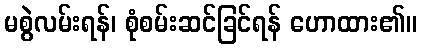
မစွဲလမ်းရန်၊ စုံစမ်းဆင်ခြင်ရန် ဟောထား၏။